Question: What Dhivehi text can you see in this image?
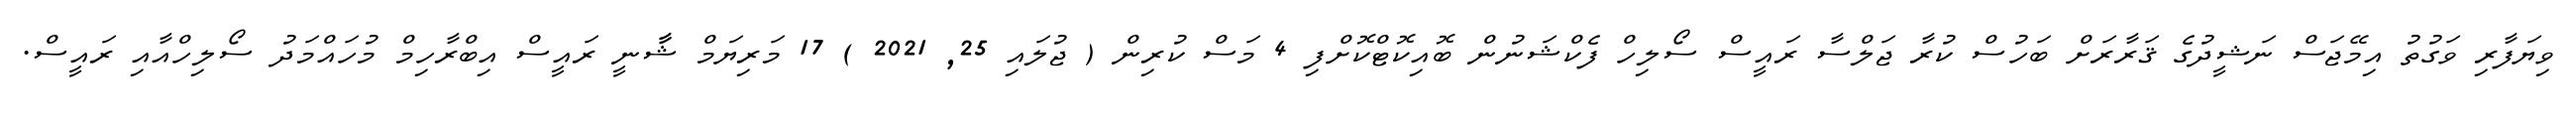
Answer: ވިޔަފާރި ވަގުތު އިމޭޖަސް ނަޝީދުގެ ޤަރާރަށް ބަހުސް ކުރާ ޖަލްސާ ރައީސް ސޯލިހް ފެކްޝަނުން ބޮއިކޮޓްކޮށްފި 4 މަސް ކުރިން ( ޖުލައި 25, 2021 ) 17 މަރިޔަމް ޝާާނީ ރައީސް އިބްރާހިމް މުހައްމަދު ސޯލިހްއާއި ރައީސް.